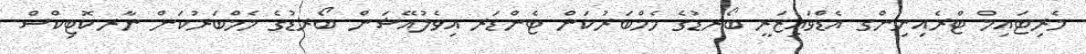
މެރިޓައިމް ޓްރެއިނިންގ އެޑްވައިޒަރީ ބޯރޑުގެ މެމްބަރުކަން ޓެންޑަރ އިވެލުއޭޝަން ބޯރޑުގެ މެމްބަރުކަން ނާރކޮޓިކްސް